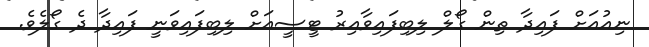
ނިއުއަށް ފައިދާ ތިން ގޯލް ލިބިފައިވާއިރު ޓީސީއަށް ލިބިފައިވަނީ ފައިދާ ދެ ގޯލެވެ.